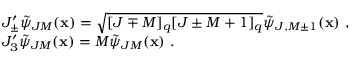
\begin{array} { l } { { J _ { \pm } ^ { \prime } \tilde { \psi } _ { J M } ( { \bf x } ) = \sqrt { [ J \mp M ] _ { q } [ J \pm M + 1 ] _ { q } } \tilde { \psi } _ { J , M \pm 1 } ( { \bf x } ) ~ , } } \\ { { J _ { 3 } ^ { \prime } \tilde { \psi } _ { J M } ( { \bf x } ) = M \tilde { \psi } _ { J M } ( { \bf x } ) ~ . } } \end{array}